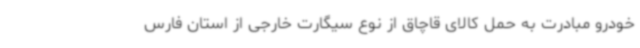
خودرو مبادرت به حمل کالای قاچاق از نوع سیگارت خارجی از استان فارس